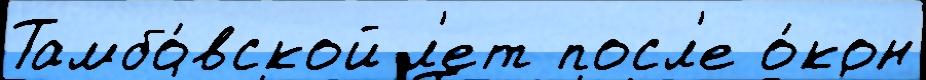
Тамбо́вской л'ет посл'е о́кон